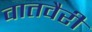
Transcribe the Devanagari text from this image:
वातवैरी